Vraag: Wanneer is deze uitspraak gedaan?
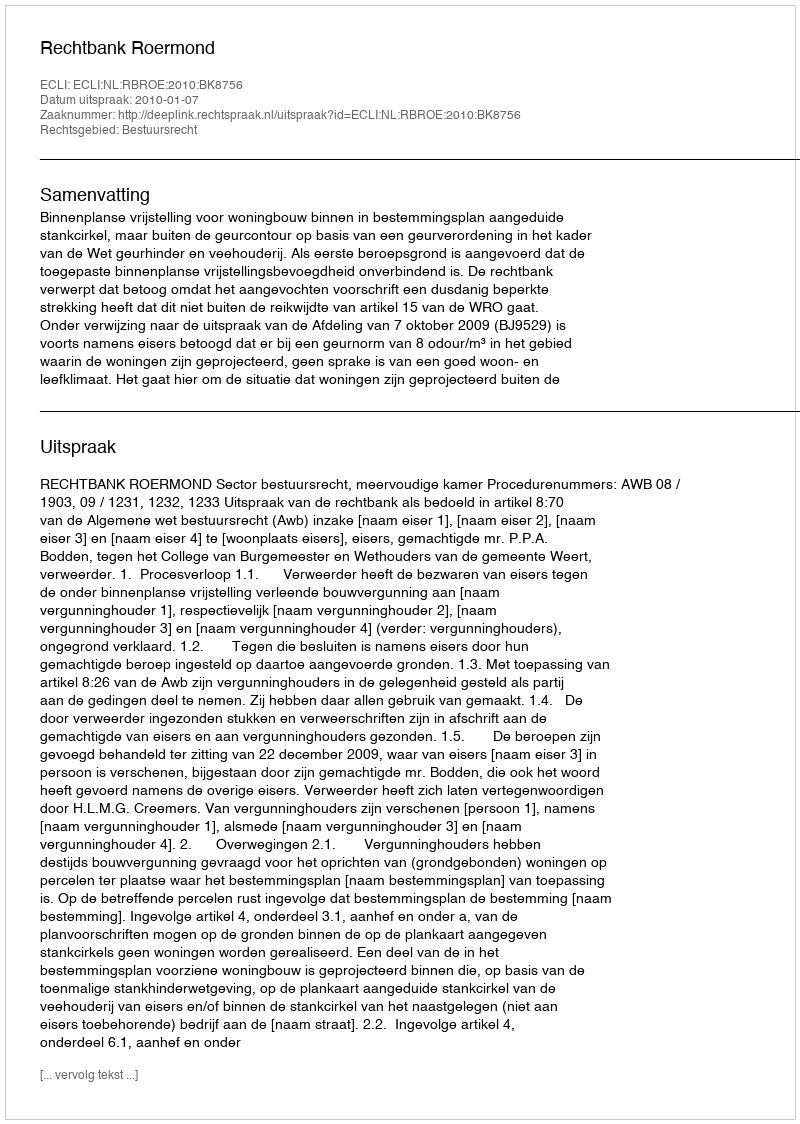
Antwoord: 2010-01-07